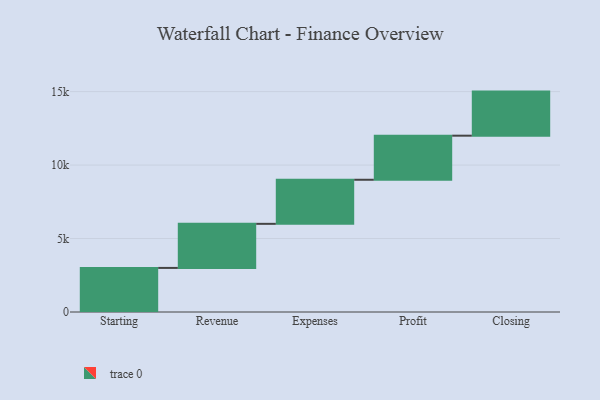
{"axis": {"x": "Step", "y": "Value"}, "legend": [""], "data": [{"x": "Starting", "y": 3000, "type": ""}, {"x": "Revenue", "y": 3000, "type": ""}, {"x": "Expenses", "y": 3000, "type": ""}, {"x": "Profit", "y": 3000, "type": ""}, {"x": "Closing", "y": 3000, "type": ""}]}